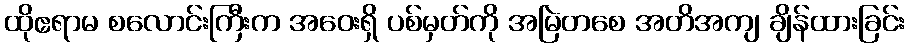
ထိုဧရာမ စလောင်းကြီးက အဝေးရှိ ပစ်မှတ်ကို အမြဲတစေ အတိအကျ ချိန်ထားခြင်း